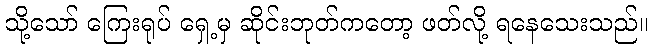
သို့သော် ကြေးရုပ် ရှေ့မှ ဆိုင်းဘုတ်ကတော့ ဖတ်လို့ ရနေသေးသည်။